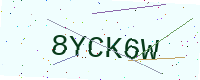
Text: 8YCK6W